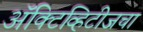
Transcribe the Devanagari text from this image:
ॲक्टिव्हिटीजचा